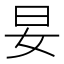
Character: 妟